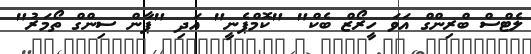
ލެޓްސް ބްރިންގް އަވަ ހީރޯޒް ބެކް" "ކޮމްޕެނީ" އަދި "ޕާން ސިންގް ތޯމަރު"